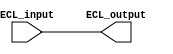
module IO_Block_ECL_buffer (
    input wire ECL_input,
    output wire ECL_output
);

// Input stage with ECL logic levels
assign ECL_output = ECL_input;

endmodule